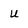
Character: u